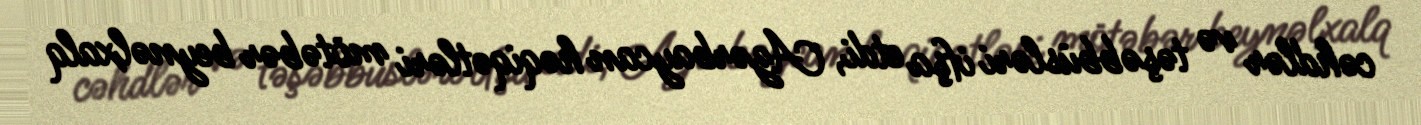
cəhdlər və təşəbbüsləri ifşa etdi, Azərbaycan həqiqətləri mötəbər beynəlxalq